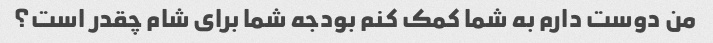
من دوست دارم به شما کمک کنم بودجه شما برای شام چقدر است؟